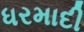
ધરમાદી